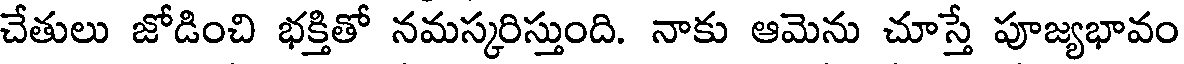
చేతులు జోడించి భక్తితో నమస్కరిస్తుంది. నాకు ఆమెను చూస్తే పూజ్యభావం